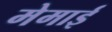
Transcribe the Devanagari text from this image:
मेमाई